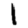
Digit: 1